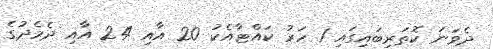
ދެވަނަ ކޮތަރިބައިގައި 1 ހަރު ކައްޓާއެކު 20 އާއި 24 އާއި ދެމެދުގެ